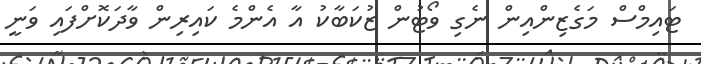
ޓައިމްސް މަގެޒިންއިން ނެގި ވޯޓުން ޒުކަބާކު އާ އެންމެ ކައިރިން ވާދަކޮށްފައި ވަނީ